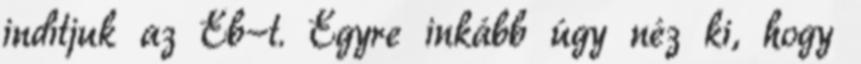
indítjuk az Eb-t. Egyre inkább úgy néz ki, hogy